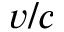
v / c